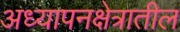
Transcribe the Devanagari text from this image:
अध्यापनक्षेत्रातील